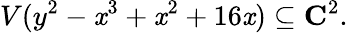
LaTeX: V(y^{2}-\mathit{x}^{3}+\mathit{x}^{2}+16\mathit{x})\subseteq\mathbf{{C}}^{2}.